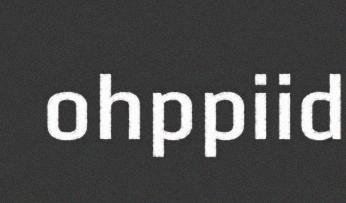
ohppiid